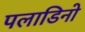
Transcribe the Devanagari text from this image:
पलाडिनो